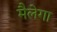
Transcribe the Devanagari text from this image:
मैलेगा